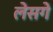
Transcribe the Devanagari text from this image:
लेसगे